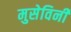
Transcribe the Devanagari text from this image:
मुसेविनी